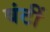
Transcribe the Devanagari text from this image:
बंटीं